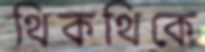
থিকথিকে